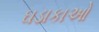
ઘડાકાઓ